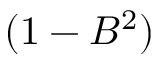
( 1 - B ^ { 2 } )